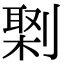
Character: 𠟕